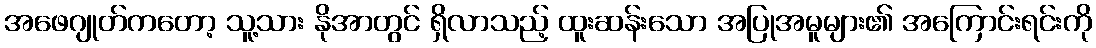
အဖေဂျုတ်ကတော့ သူ့သား နိုအာတွင် ရှိလာသည့် ထူးဆန်းသော အပြုအမူများ၏ အကြောင်းရင်းကို